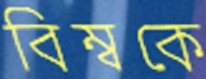
বিম্বকে